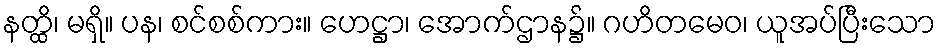
နတ္ထိ၊ မရှိ။ ပန၊ စင်စစ်ကား။ ဟေဋ္ဌာ၊ အောက်ဌာန၌။ ဂဟိတမေဝ၊ ယူအပ်ပြီးသော